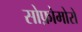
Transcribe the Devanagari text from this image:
सोफ़ोमोरों